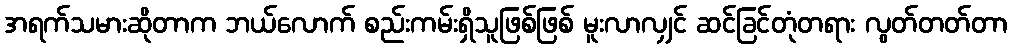
အရက်သမားဆိုတာက ဘယ်လောက် စည်းကမ်းရှိသူဖြစ်ဖြစ် မူးလာလျှင် ဆင်ခြင်တုံတရား လွတ်တတ်တာ